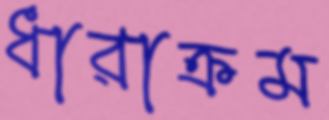
ধারাক্রম